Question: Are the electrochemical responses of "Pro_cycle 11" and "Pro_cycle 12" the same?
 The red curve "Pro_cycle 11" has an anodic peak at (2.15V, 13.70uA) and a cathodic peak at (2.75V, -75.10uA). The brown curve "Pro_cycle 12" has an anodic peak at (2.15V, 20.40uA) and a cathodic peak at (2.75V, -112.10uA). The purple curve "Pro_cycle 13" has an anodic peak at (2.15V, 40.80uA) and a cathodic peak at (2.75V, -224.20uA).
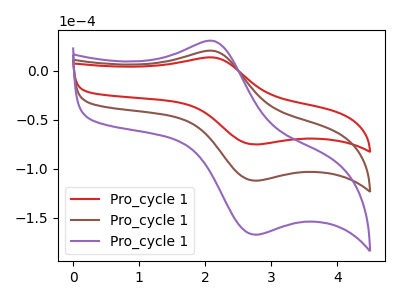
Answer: <think>All the peaks in "Pro_cycle 11" have a peak in "Pro_cycle 12" at the same potential. Every peak in "Pro_cycle 11" is lower than every peak in "Pro_cycle 12".
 </think>
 <answer>"Pro_cycle 11" and "Pro_cycle 12" are similar in shape.</answer>
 <eval>same_shape</eval>